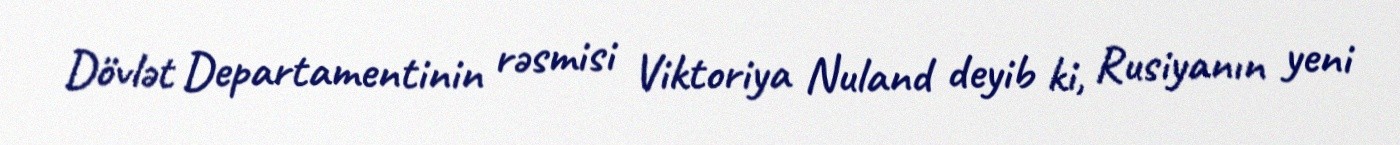
Dövlət Departamentinin rəsmisi Viktoriya Nuland deyib ki, Rusiyanın yeni